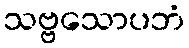
သဗ္ဗသောပဘံ